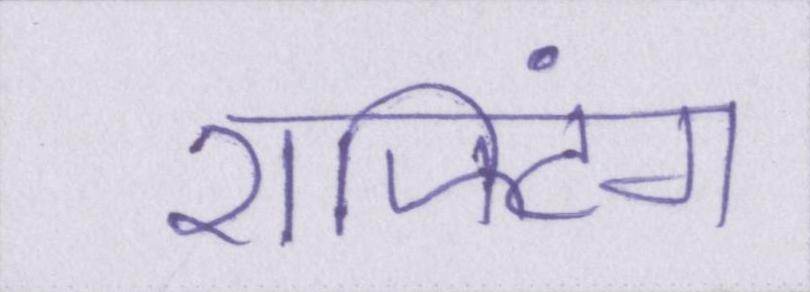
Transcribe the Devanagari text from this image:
राफ्टिंग